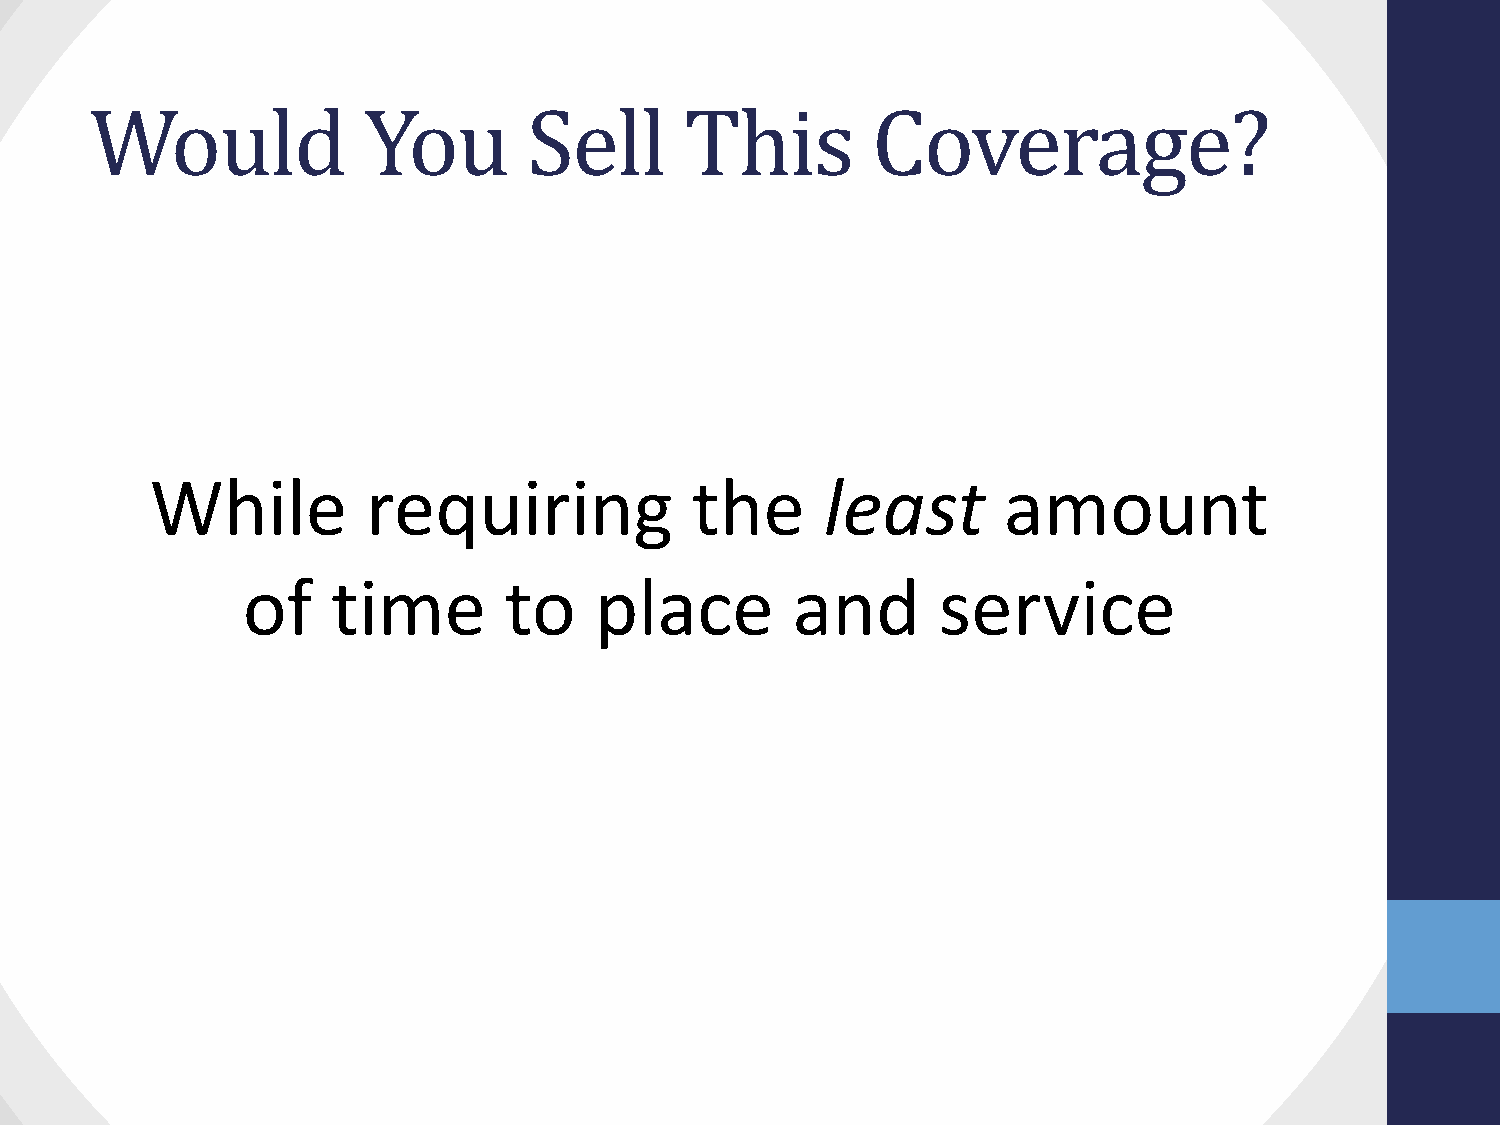
Would             You        Sell      This         Coverage?
 While         requiring             the      least      amount
 of    time       to    place        and       service